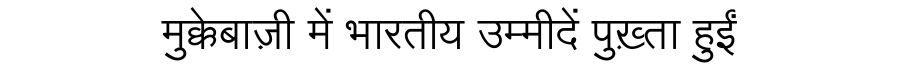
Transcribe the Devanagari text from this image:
मुक्केबाज़ी में भारतीय उम्मीदें पुख़्ता हुईं